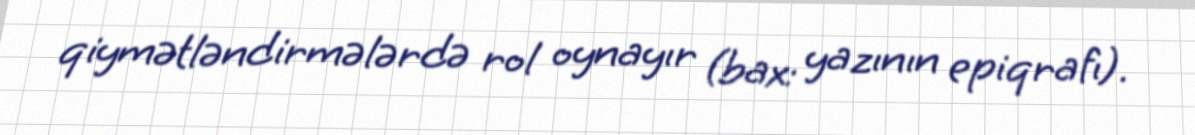
qiymətləndirmələrdə rol oynayır (bax: yazının epiqrafı).